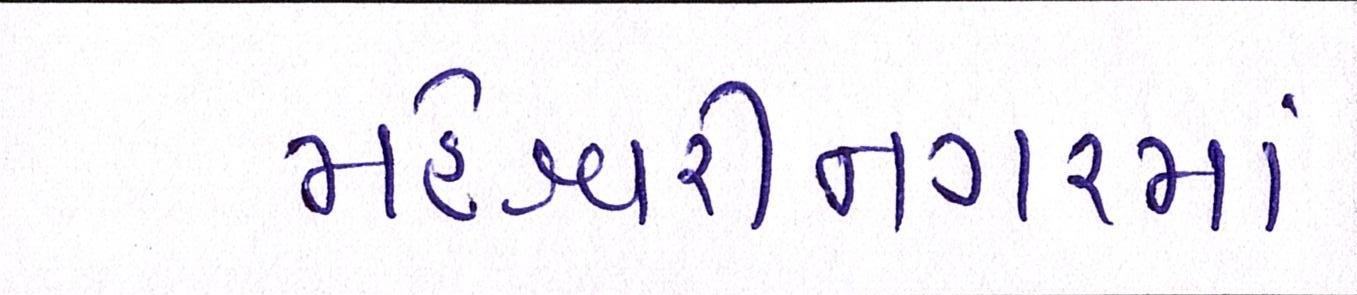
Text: મહેશ્વરીનગરમાં